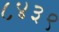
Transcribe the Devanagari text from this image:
८४३९